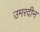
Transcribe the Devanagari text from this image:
उमरदीन